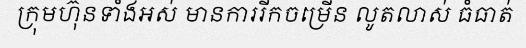
ក្រុមហ៊ុនទាំងអស់ មានការរីកចម្រើន លូតលាស់ ធំធាត់